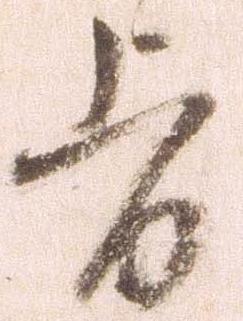
旨